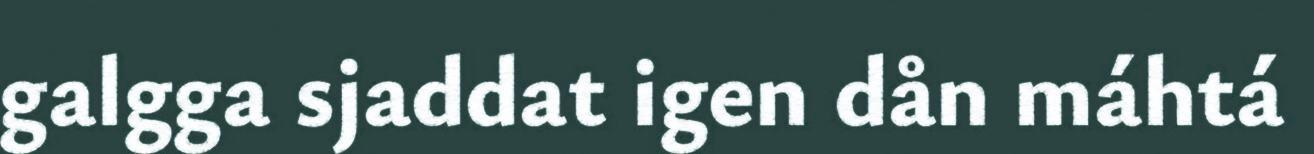
galgga sjaddat igen dån máhtá